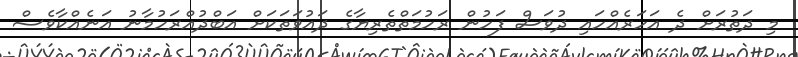
މި ދަތުރަށް ދެ އަހަރެއްހައި ދުވަސް ފަހުން ރަހުމަތްތެރިޔާގެ ދައުވަތަކަށް އަބްދުއްރަހުމާނު އަނެއްކާވެސް